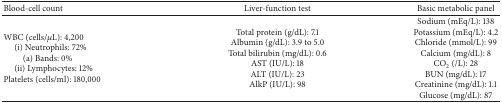
| Blood-cell count | Liver-function test | Basic metabolic panel |
 | --- | --- | --- |
 | WBC (cells/μL): 4,200(i) Neutrophils: 72%(a) Bands: 0% (ii) Lymphocytes: 12%Platelets (cells/ml): 180,000 | Total protein (g/dL): 7.1Albumin (g/dL): 3.9 to 5.0Total bilirubin (mg/dL): 0.6AST (IU/L): 18 ALT (IU/L): 23 AlkP (IU/L): 98 | Sodium (mEq/L): 138Potassium (mEq/L): 4.2Chloride (mmol/L): 99Calcium (mg/dL): 8CO2 (/L): 28BUN (mg/dL): 17Creatinine (mg/dL): 1.1Glucose (mg/dL): 87 |